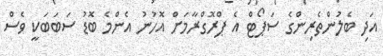
އަދި ބެލުންތެރިންގެ ސަޕޯޓް އެ ޕްރޮގްރާމަށް އޮހުނު އެންމެ ބޮޑު ސަބަބަކީ ވެސް